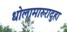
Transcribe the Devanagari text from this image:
धोलामारुरादुहा